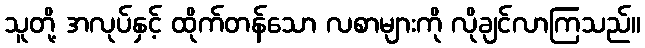
သူတို့ အလုပ်နှင့် ထိုက်တန်သော လစာများကို လိုချင်လာကြသည်။